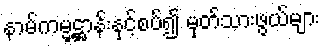
နာမ်ကမ္မဋ္ဌာန်းနှင့်စပ်၍ မှတ်သားဖွယ်များ